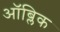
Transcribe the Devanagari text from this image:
ऑब्लिक